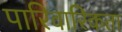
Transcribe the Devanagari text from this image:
पारिवारिकता